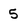
Character: 5